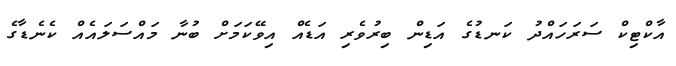
އާކްޓިކް ސަރަހައްދު ކަނޑުގެ އަޑިން ބިރުވެރި އަޑެއް އިވޭކަމަށް ބުނާ މައްސަލައެއް ކެނެޑާގެ